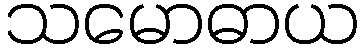
သမောဓာယ